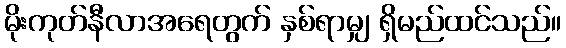
မိုးကုတ်နီလာအရေတွက် နှစ်ရာမျှ ရှိမည်ထင်သည်။